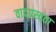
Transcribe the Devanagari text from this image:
वादग्रस्तता